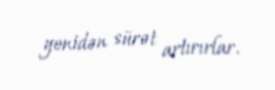
yenidən sürət artırırlar.